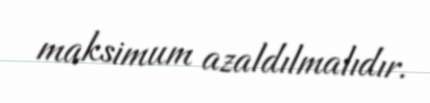
maksimum azaldılmalıdır.